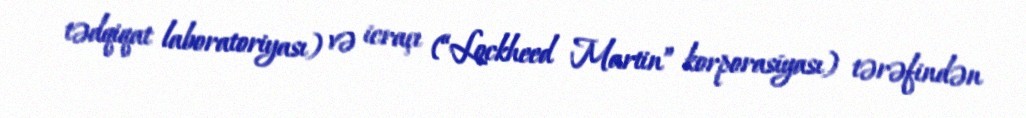
tədqiqat laboratoriyası) və icraçı (“Lockheed Martin” korporasiyası) tərəfindən